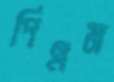
পিএম